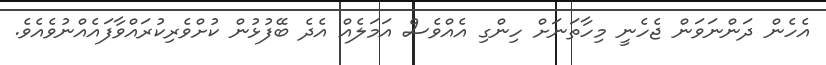
އެހެން ދަންނަވަން ޖެހެނީ މިހާތަނަށް ހިންގި އެއްވެސް އަމަލެއް އެދެ ބޭފުޅުން ކުށްވެރިކުރައްވާފައެއްނުވެއެވެ.